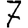
Digit: 7